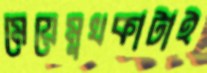
মেয়েমুখকাটাই